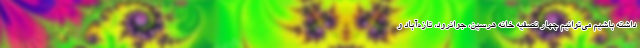
داشته باشیم می‌توانیم چهار تصفیه خانه هرسین، جوانرود، تازه‌آباد و